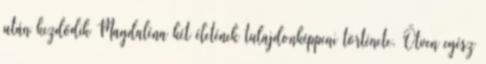
után kezdődik Magdaléna két életének tulajdonképpeni története. Ötven egész